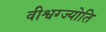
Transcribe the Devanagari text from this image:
वीश्वग्ज्योति